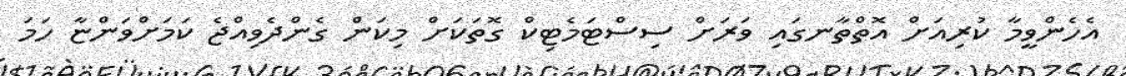
އެހެންވީމާ ކުރިއަށް އޮތްތާނގައި ވަރަށް ސިސްޓަމެޓިކް ގޮތަކަށް މިކަން ގެންދެވިއްޖެ ކަމަށްވަންޏާ ހަމަ